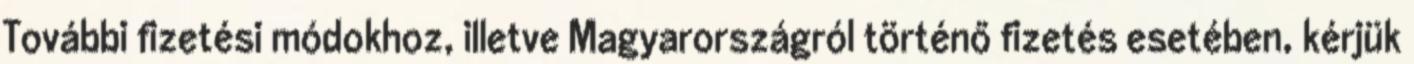
További fizetési módokhoz, illetve Magyarországról történő fizetés esetében, kérjük